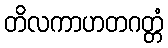
တိလကာဟတဂတ္တံ